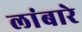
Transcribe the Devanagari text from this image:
लांबारे